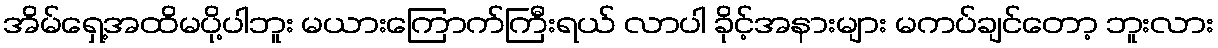
အိမ်ရှေ့အထိမပို့ပါဘူး မယားကြောက်ကြီးရယ် လာပါ ခိုင့်အနားများ မကပ်ချင်တော့ ဘူးလား